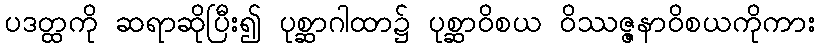
ပဒတ္ထကို ဆရာဆိုပြီး၍ ပုစ္ဆာဂါထာ၌ ပုစ္ဆာဝိစယ ဝိဿဇ္ဇနာဝိစယကိုကား